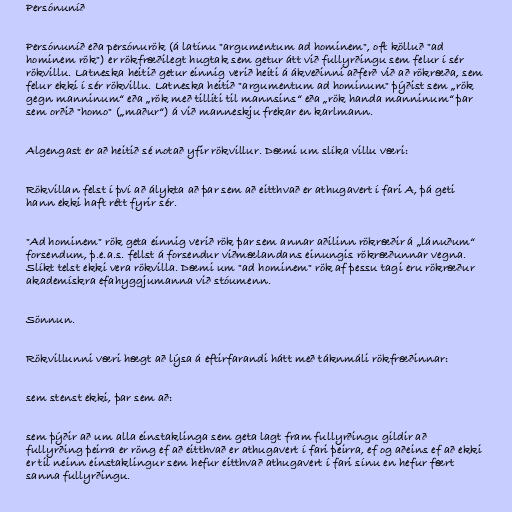
Persónuníð

Persónuníð eða persónurök (á latínu "argumentum ad hominem", oft kölluð "ad
hominem rök") er rökfræðilegt hugtak sem getur átt við fullyrðingu sem felur í sér
rökvillu. Latneska heitið getur einnig verið heiti á ákveðinni aðferð við að rökræða, sem
felur ekki í sér rökvillu. Latneska heitið "argumentum ad hominum" þýðist sem „rök
gegn manninum“ eða „rök með tilliti til mannsins“ eða „rök handa manninum“ þar
sem orðið "homo" („maður“) á við manneskju frekar en karlmann.

Algengast er að heitið sé notað yfir rökvillur. Dæmi um slíka villu væri:

Rökvillan felst í því að álykta að þar sem að eitthvað er athugavert í fari A, þá geti
hann ekki haft rétt fyrir sér.

"Ad hominem" rök geta einnig verið rök þar sem annar aðilinn rökræðir á „lánuðum“
forsendum, þ.e.a.s. fellst á forsendur viðmælandans einungis rökræðunnar vegna.
Slíkt telst ekki vera rökvilla. Dæmi um "ad hominem" rök af þessu tagi eru rökræður
akademískra efahyggjumanna við stóumenn.

Sönnun.

Rökvillunni væri hægt að lýsa á eftirfarandi hátt með táknmáli rökfræðinnar:

sem stenst ekki, þar sem að:

sem þýðir að um alla einstaklinga sem geta lagt fram fullyrðingu gildir að
fullyrðing þeirra er röng ef að eitthvað er athugavert í fari þeirra, ef og aðeins ef að ekki
er til neinn einstaklingur sem hefur eitthvað athugavert í fari sínu en hefur fært
sanna fullyrðingu.